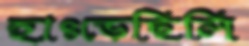
হাৎড়েছিলি